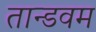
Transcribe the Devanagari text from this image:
तान्डवम